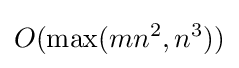
O(\max(mn^{2},n^{3}))